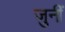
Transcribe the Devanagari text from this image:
जुनीं